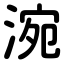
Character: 涴